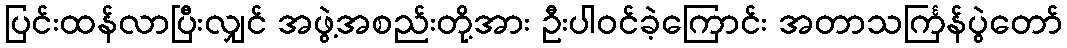
ပြင်းထန်လာပြီးလျှင် အဖွဲ့အစည်းတို့အား ဦးပါဝင်ခဲ့ကြောင်း အတာသင်္ကြန်ပွဲတော်